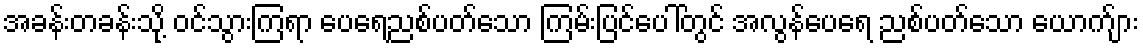
အခန်းတခန်းသို့ ဝင်သွားကြရာ ပေရေညစ်ပတ်သော ကြမ်းပြင်ပေါ်တွင် အလွန်ပေရေ ညစ်ပတ်သော ယောက်ျား